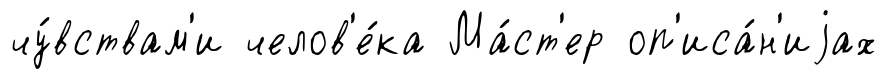
чу́вствам'и челов'е́ка Ма́ст'ер оп'иса́н'иjах